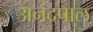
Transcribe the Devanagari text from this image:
अनंदपाल